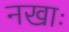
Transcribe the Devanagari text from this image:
नखाः